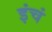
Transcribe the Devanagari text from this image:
इंचं